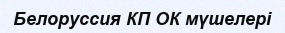
Белоруссия КП ОК мүшелері